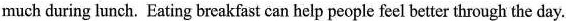
much during hunch. Eating breakfast can help people feel better through the day.